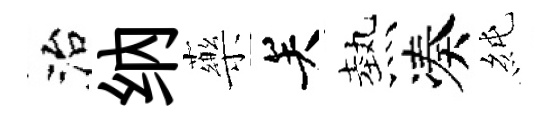
治纳藥关熱凑純